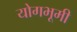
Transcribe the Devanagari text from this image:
योगभूमी